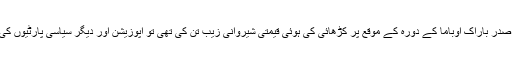
گزشتہ سال جب وزیر اعظم نریندر مودی نے امریکی صدر باراک اوباما کے دورہ کے موقع پر کڑھائی کی ہوئی قیمتی شیروانی زیب تن کی تھی تو اپوزیشن اور دیگر سیاسی پارٹیوں کی طرف سے ان کی شیروانی پر زبردست تنقید کی گئی۔